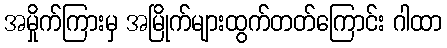
အမှိုက်ကြားမှ အမြိုက်များထွက်တတ်ကြောင်း ဂါထာ